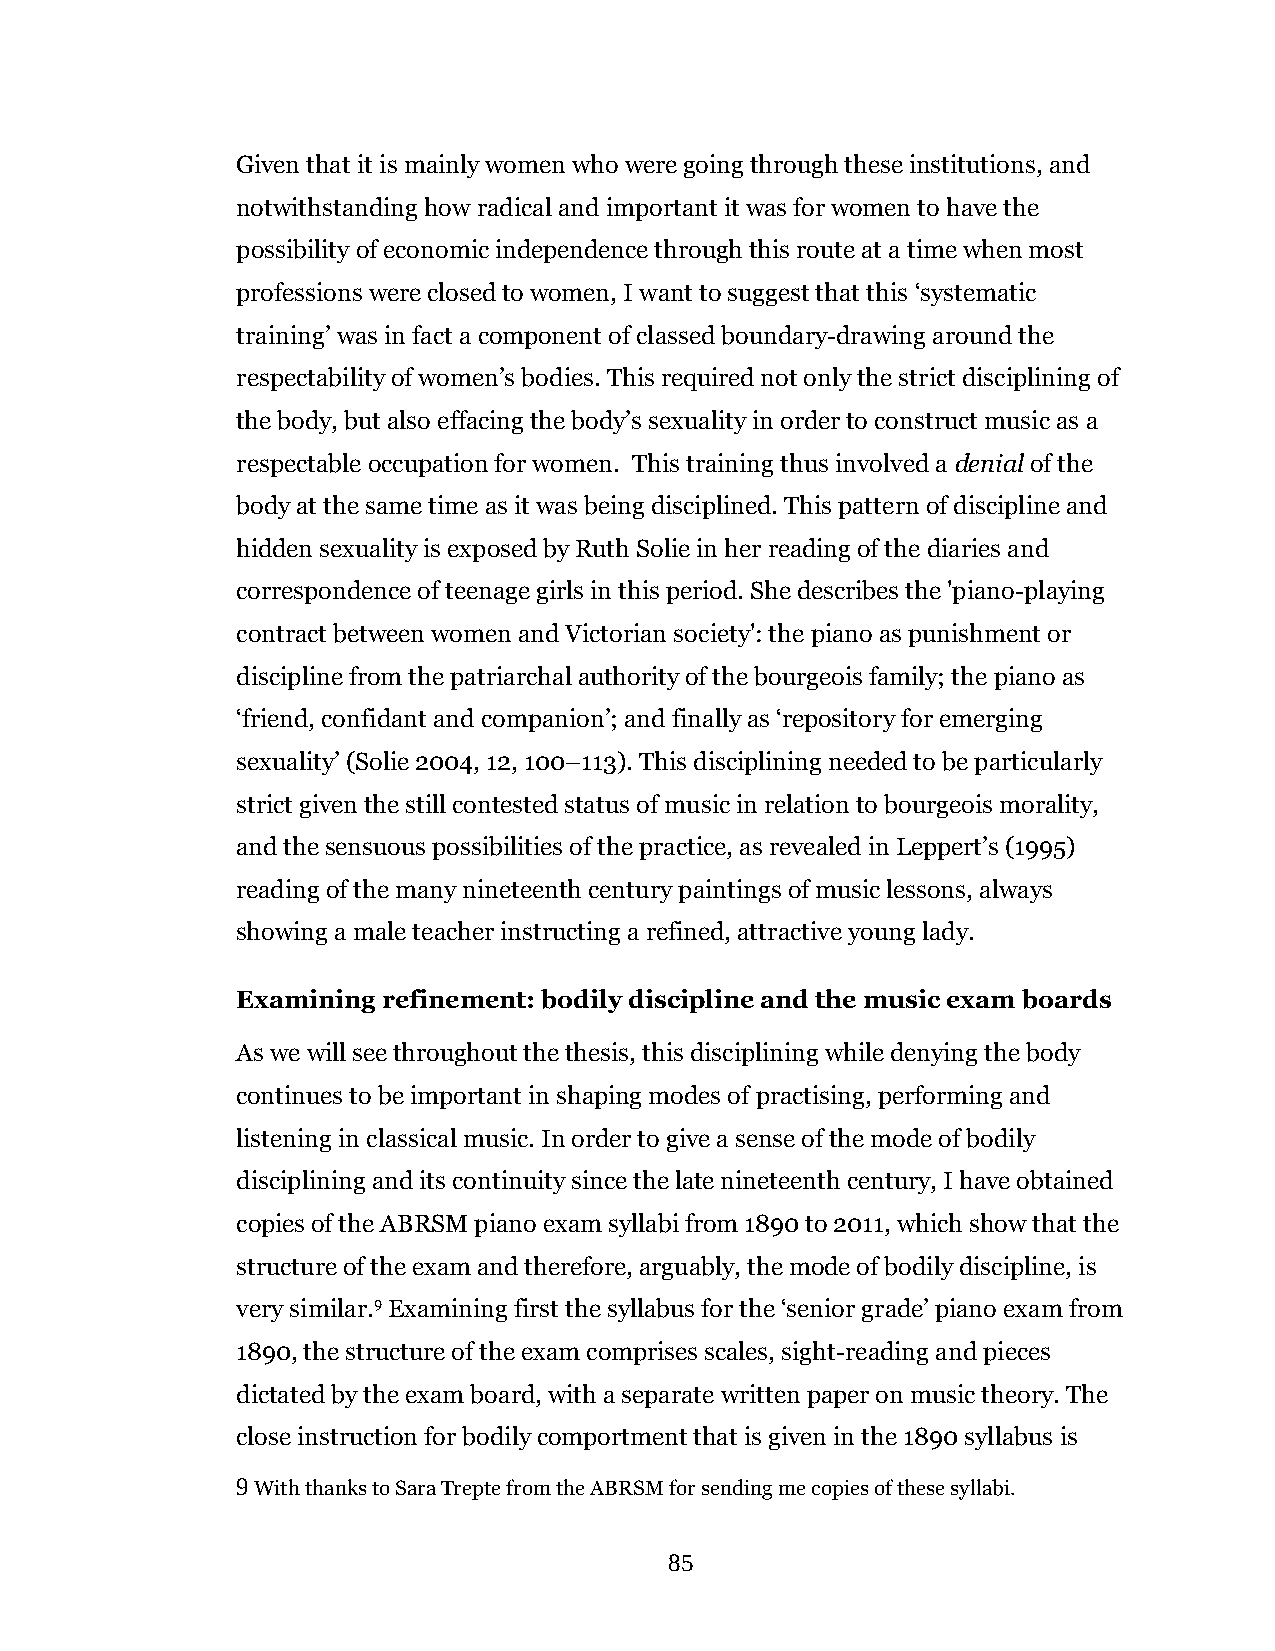
Given that it is mainly women who were going through these institutions, and
 notwithstanding how radical and important it was for women to have the
 possibility of economic independence through this route at a time when most
 professions were closed to women, I want to suggest that this ‘systematic
 training’ was in fact a component of classed boundary-drawing around the
 respectability of women’s bodies. This required not only the strict disciplining of
 the body, but also effacing the body’s sexuality in order to construct music as a
 respectable occupation for women. This training thus involved a denial of the
 body at the same time as it was being disciplined. This pattern of discipline and
 hidden sexuality is exposed by Ruth Solie in her reading of the diaries and
 correspondence of teenage girls in this period. She describes the 'piano-playing
 contract between women and Victorian society': the piano as punishment or
 discipline from the patriarchal authority of the bourgeois family; the piano as
 ‘friend, confidant and companion’; and finally as ‘repository for emerging
 sexuality’ (Solie 2004, 12, 100–113). This disciplining needed to be particularly
 strict given the still contested status of music in relation to bourgeois morality,
 and the sensuous possibilities of the practice, as revealed in Leppert’s (1995)
 reading of the many nineteenth century paintings of music lessons, always
 showing a male teacher instructing a refined, attractive young lady.
 Examining refinement: bodily discipline and the music exam boards
 As we will see throughout the thesis, this disciplining while denying the body
 continues to be important in shaping modes of practising, performing and
 listening in classical music. In order to give a sense of the mode of bodily
 disciplining and its continuity since the late nineteenth century, I have obtained
 copies of the ABRSM piano exam syllabi from 1890 to 2011, which show that the
 structure of the exam and therefore, arguably, the mode of bodily discipline, is
 very similar.9 Examining first the syllabus for the ‘senior grade’ piano exam from
 1890, the structure of the exam comprises scales, sight-reading and pieces
 dictated by the exam board, with a separate written paper on music theory. The
 close instruction for bodily comportment that is given in the 1890 syllabus is
 9 With thanks to Sara Trepte from the ABRSM for sending me copies of these syllabi.
 85